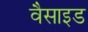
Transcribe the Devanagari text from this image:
वैसाइड